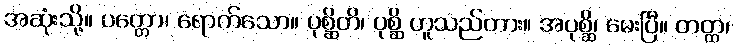
အဆုံးသို့။ ပတ္တော၊ ရောက်သော။ ပုစ္ဆိတိ၊ ပုစ္ဆိ ဟူသည်ကား။ အပုစ္ဆိ၊ မေးပြီ။ တတ္ထ၊